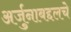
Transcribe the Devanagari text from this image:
अर्जुनाबद्दलचे